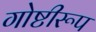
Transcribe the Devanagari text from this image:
गोष्टीरूप